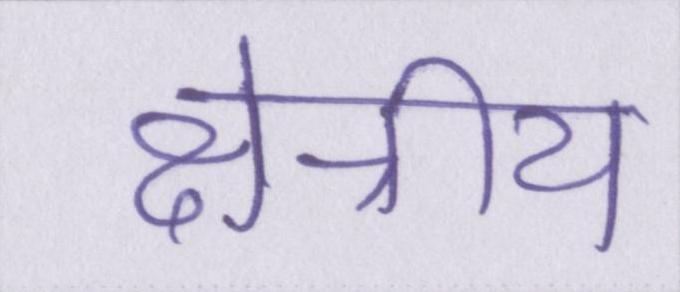
क्षेत्रीय